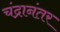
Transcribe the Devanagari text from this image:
चंद्रानंतर